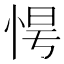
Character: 𢚹